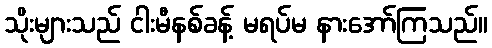
သိုးများသည် ငါးမီနစ်ခန့် မရပ်မ နားအော်ကြသည်။